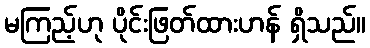
မကြည့်ဟု ပိုင်းဖြတ်ထားဟန် ရှိသည်။